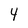
Character: 4